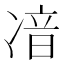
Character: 𠗥